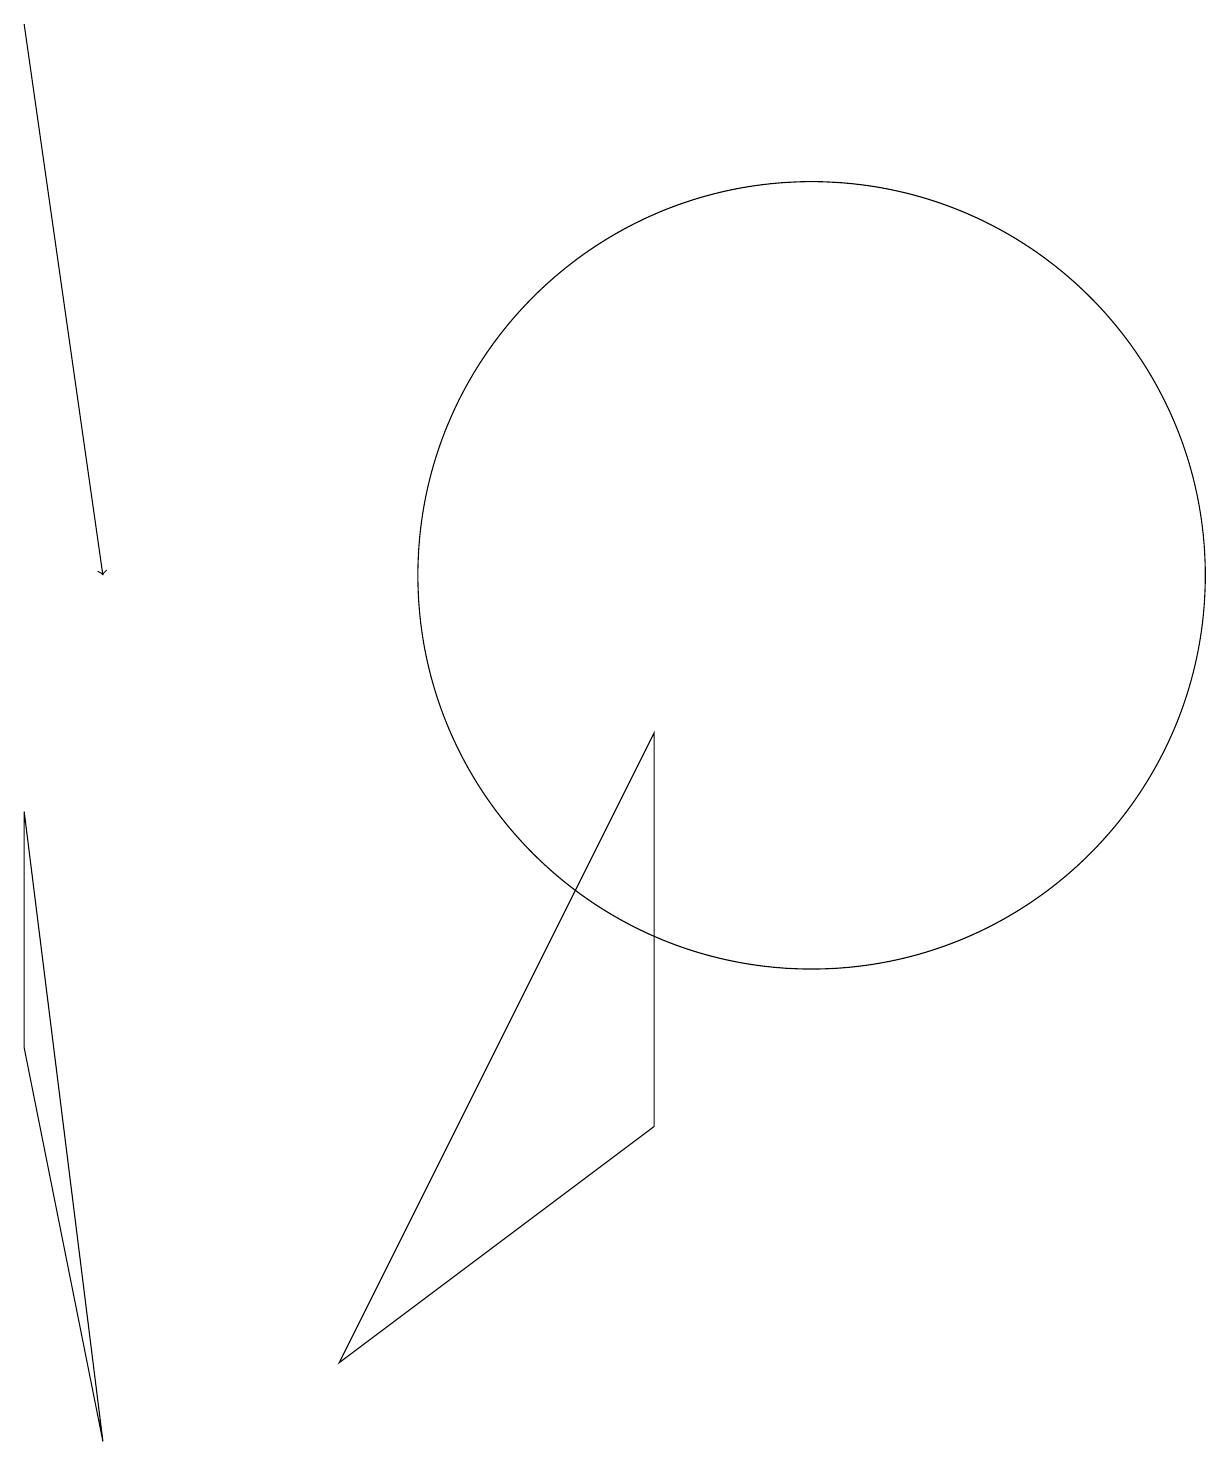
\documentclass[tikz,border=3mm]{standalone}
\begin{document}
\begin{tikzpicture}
\draw (1,0) -- (0,8) -- (0,5) -- cycle;
\draw (10,11) circle (5);
\draw[->] (0,18) -- (1,11);
\draw (8,4) -- (4,1) -- (8,9) -- cycle;
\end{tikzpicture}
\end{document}